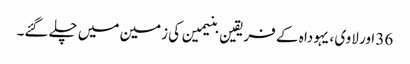
36 اور لاوی ، یہودا ہ کے فریقین بنیمین کی زمین میں چلے گئے۔